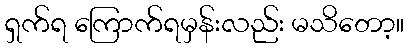
ရှက်ရ ကြောက်ရမှန်းလည်း မသိတော့။